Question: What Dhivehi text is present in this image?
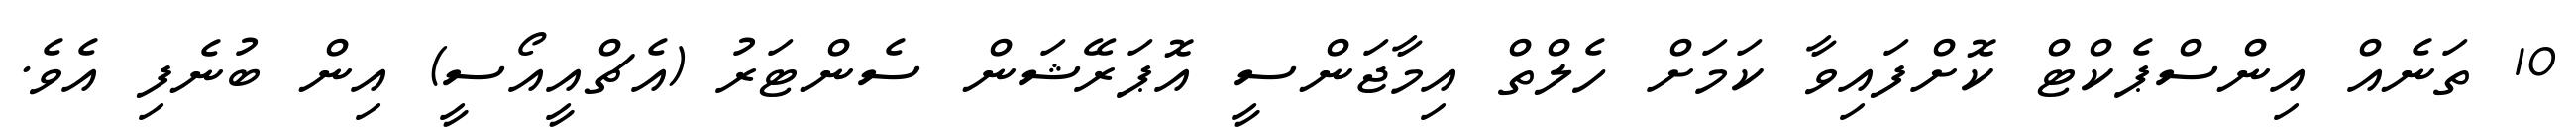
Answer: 10 ތަނެއް އިންސްޕެކްޓް ކޮށްފައިވާ ކަމަށް ހެލްތް އިމާޖަންސީ އޮޕަރޭޝަން ސެންޓަރު (އެޗްއީއޯސީ) އިން ބުނެފި އެވެ.